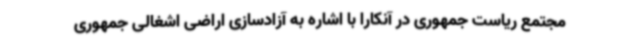
مجتمع ریاست جمهوری در آنکارا با اشاره به آزادسازی اراضی اشغالی جمهوری